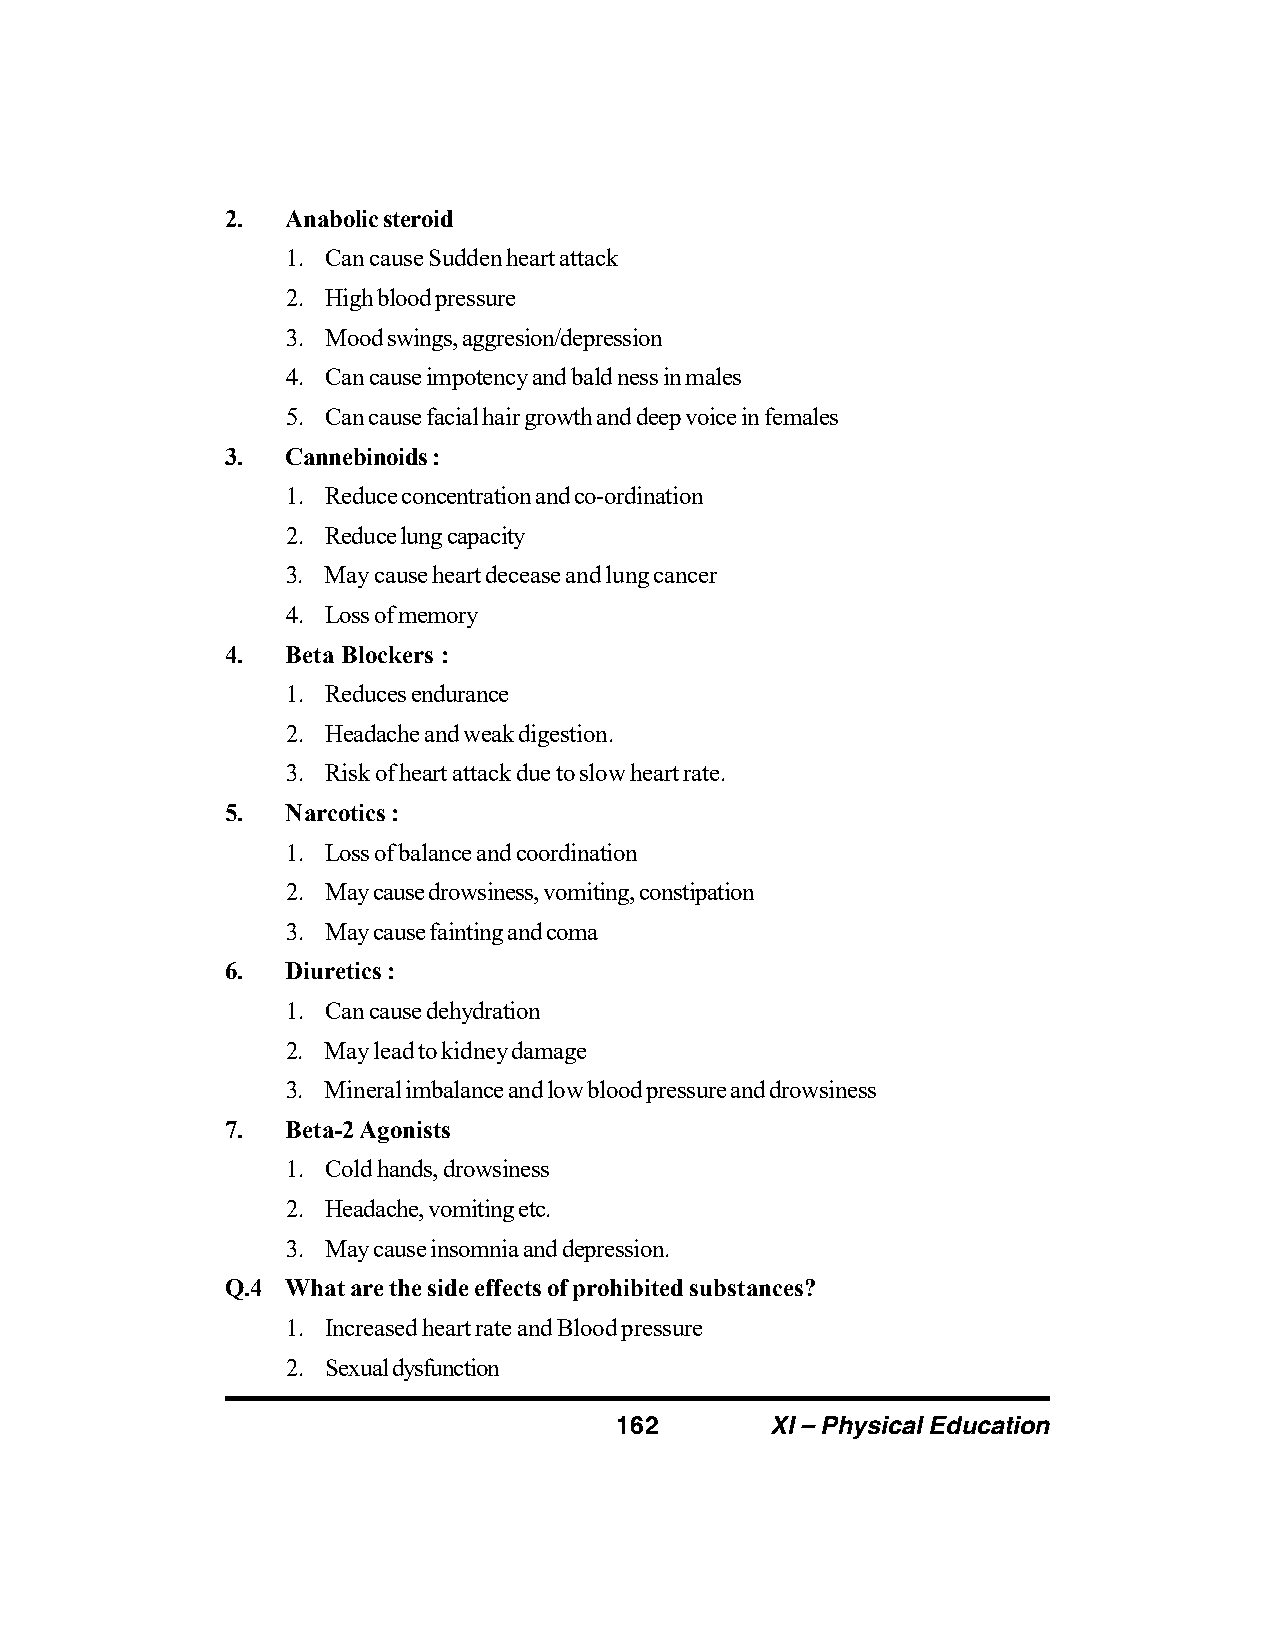
2.  Anabolic steroid
 1. Can cause Sudden heart attack
 2. High blood pressure
 3. Mood swings, aggresion/depression
 4. Can cause impotency and bald ness in males
 5. Can cause facial hair growth and deep voice in females
 3.  Cannebinoids :
 1. Reduce concentration and co-ordination
 2. Reduce lung capacity
 3. May cause heart decease and lung cancer
 4. Loss of memory
 4.  Beta Blockers :
 1. Reduces endurance
 2. Headache and weak digestion.
 3. Risk of heart attack due to slow heart rate.
 5.  Narcotics :
 1. Loss of balance and coordination
 2. May cause drowsiness, vomiting, constipation
 3. May cause fainting and coma
 6.  Diuretics :
 1. Can cause dehydration
 2. May lead to kidney damage
 3. Mineral imbalance and low blood pressure and drowsiness
 7.  Beta-2 Agonists
 1. Cold hands, drowsiness
 2. Headache, vomiting etc.
 3. May cause insomnia and depression.
 Q.4 What are the side effects of prohibited substances?
 1. Increased heart rate and Blood pressure
 2. Sexual dysfunction
 162       XI – Physical Education